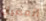
العصيان